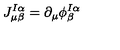
J _ { \mu \beta } ^ { I \alpha } = \partial _ { \mu } \phi _ { \beta } ^ { I \alpha }